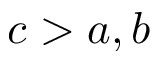
c > a , b